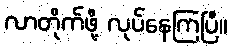
လာတိုက်ဖို့ လုပ်နေကြပြီ။